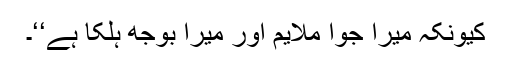
کیونکہ میرا جوُا ملایم اور میرا بوجھ ہلکا ہے‘‘۔